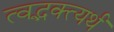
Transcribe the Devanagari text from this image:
त्वद्भक्त्यर्थं